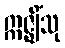
ဣဇ္ဈိံသု